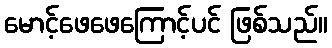
မောင့်ဖေဖေကြောင့်ပင် ဖြစ်သည်။